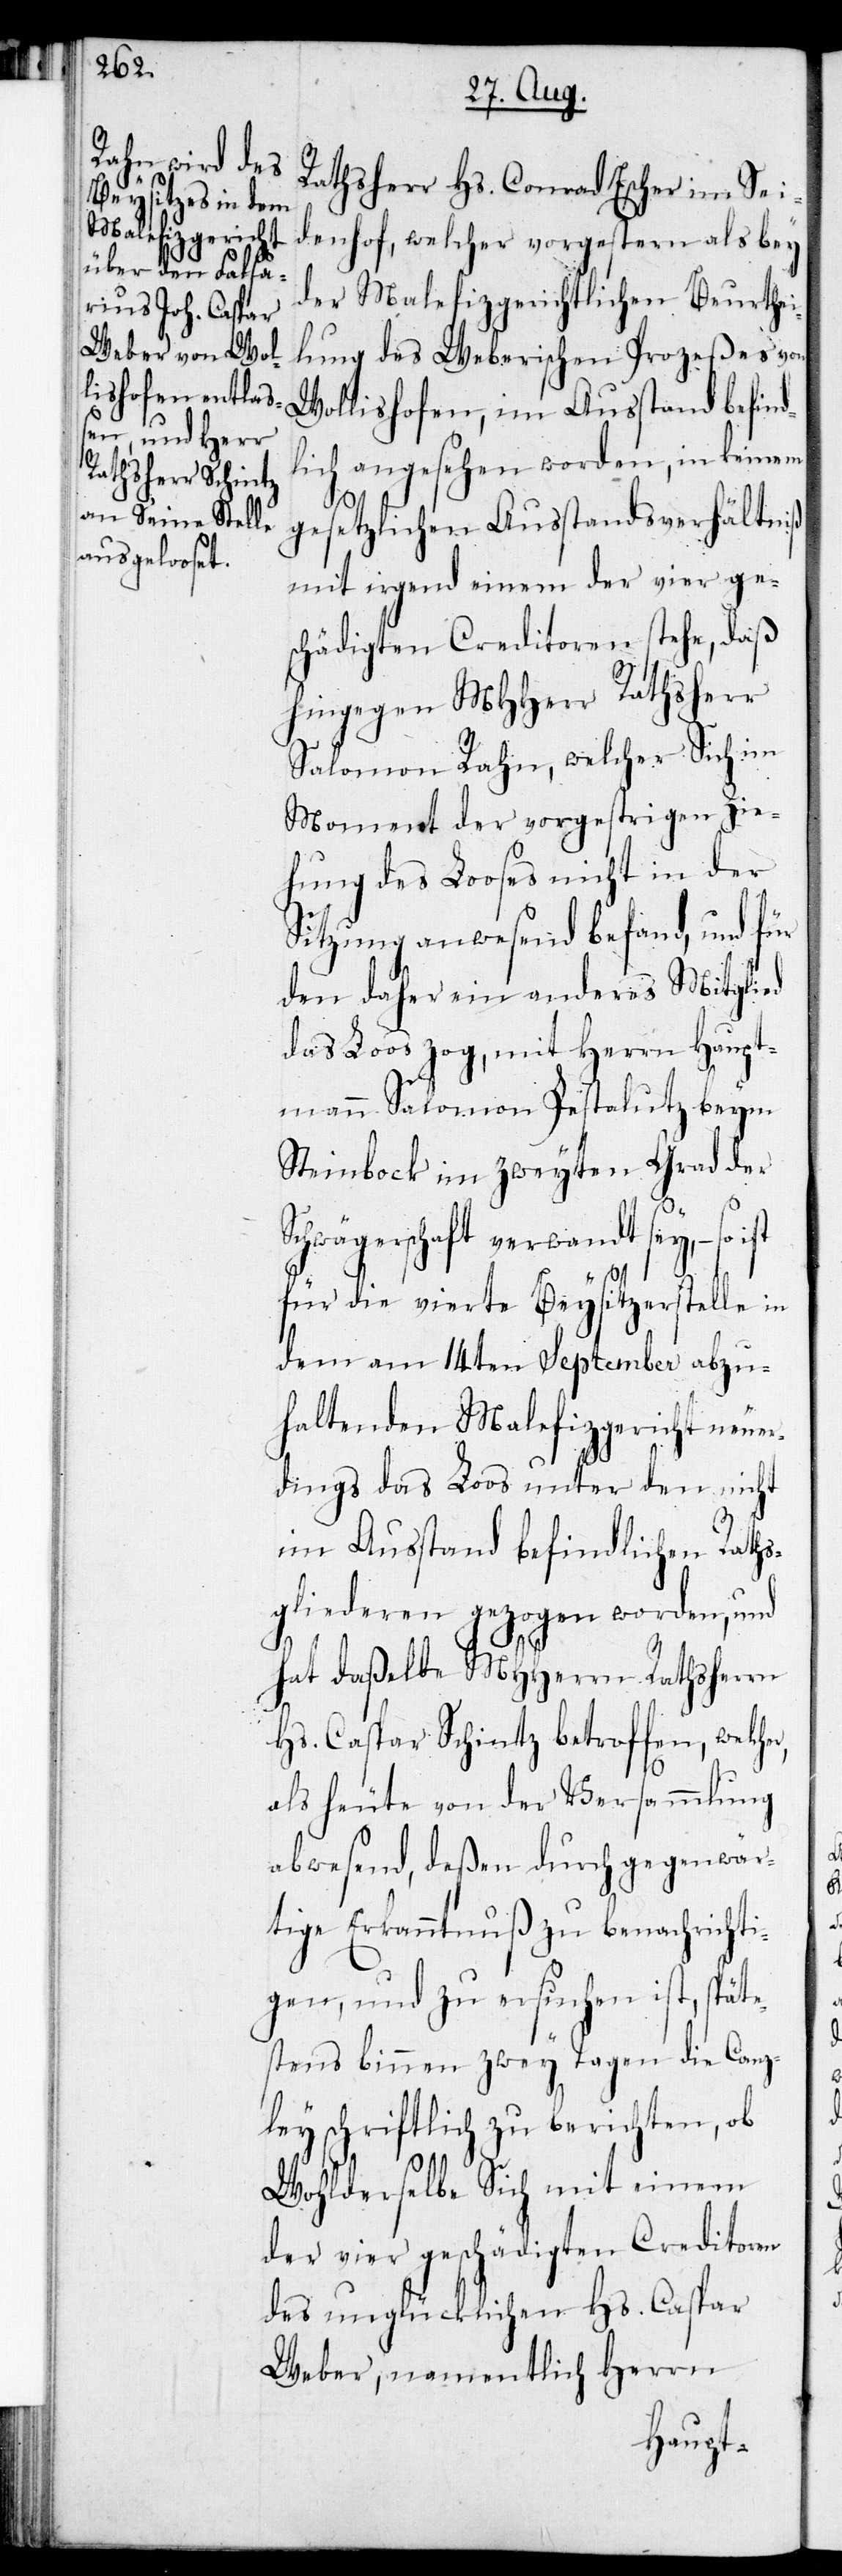
Rathsherr Hs. Conrad Escher im Sei¬
denhof, welcher vorgestern als bey
der Malefizgerichtlichen Beurthei¬
lung des Weberischen Prozeßes von
Wollishofen, im Ausstand befind¬
lich angesehen werden, in keinem
r,
gesetzlichen Ausstandsverhältniß
mit irgend einem der vier ge¬
schädigten Creditoren stehe, daß
hingegen MHHerr Rathsherr
Salomon Rahn, welcher Sich im
Moment der vorgestrigen Zie¬
hung des Looses nicht in der
Sitzung anwesend befand, und für
den daher ein anderes Mitglied
das Loos zog, mit Herrn Haupt¬
mann Salomon Pestalutz beym
Steinbock im zweyten Grad der
Schwägerschaft verwandt sey, – so
für die vierte Beysitzerstelle in
dem am 14ten September abzu¬
haltenden Malefizgericht neuer¬
dings das Loos unter den nicht
im Ausstand befindlichen Raths¬
gliederen gezogen worden, und
hat daßelbe MHHerrn Rathsherrn
Hs. Caspar Schintz betroffen, welche¬
als heute von der Versammlung
abwesend, deßen durch gegenwär¬
tige Erkanntnuß zu benachrichti¬
gen, und zu ersuchen ist, späte¬
stens binnen zwey Tagen die Canzl¬
ey schriftlich zu berichten, ob
Wohlderselbe Sich mit einem
der vier geschädigten Creditoren
des unglücklichen Hs. Caspar
Weber, namentlich Herrn